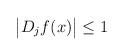
LaTeX: \begin{align*}\big| D_j f(x) \big| \le 1\quad\end{align*}